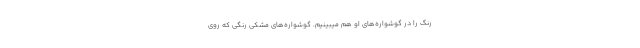
رنگ را در گوشواره‌های او هم میبینیم. گوشواره‌های مشکی رنگی که روی